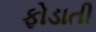
ફોડાતી